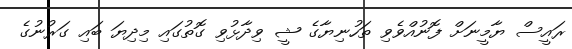
ރައީސް ޔާމީނަށް ފޮނުއްވެވި ތަހުނިޔާގެ ޝީ ވިދާޅުވި ގޮތުގައި މިދިޔަ ބައި ގަރުނުގެ